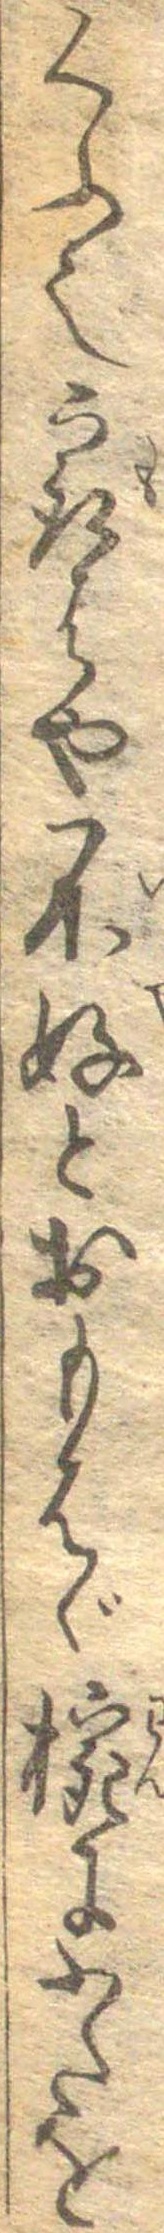
くふ也最はや不好とおもはゞ椀にふたを